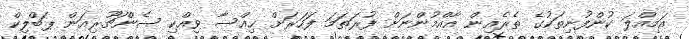
އަމިއްލަ ކުންފުނިތަކުގެ ތެރެއިން އާއްމުންނަށް ފުރަތަމަ ފަހަރަށް ޚިއްސާ ވިއްކި ސެންޗޫރިއަން ޕަބްލިކް